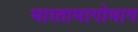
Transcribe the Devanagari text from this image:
भारतामागोमाग